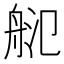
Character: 𦨲